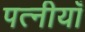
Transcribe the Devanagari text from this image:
पत्नीयाँ